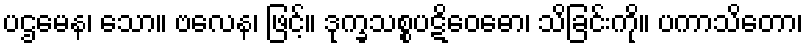
ပဌမေန၊ သော။ ဗလေန၊ ဖြင့်။ ဒုက္ခသစ္စပဋိဝေဓော၊ သိခြင်းကို။ ပကာသိတော၊